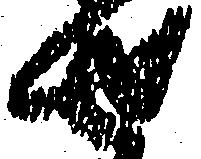
せ